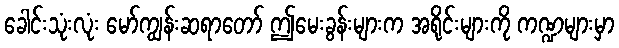
ခေါင်းသုံးလုံး မော်ကျွန်းဆရာတော် ဤမေးခွန်းများက အရိုင်းများကို ကဏ္ဍများမှာ